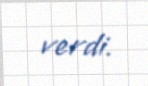
verdi.